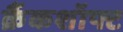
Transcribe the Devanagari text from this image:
क्रैंकशॉफ्ट